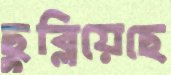
ছুব্‌লিয়েছে